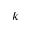
k